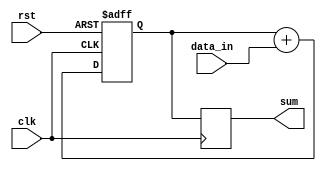
module cascaded_accumulator (
  input wire clk,
  input wire rst,
  input wire [7:0] data_in,
  output reg [15:0] sum
);

reg [15:0] temp_sum;

always @(posedge clk or posedge rst) begin
  if (rst) begin
    temp_sum <= 16'b0;
  end else begin
    temp_sum <= temp_sum + data_in;
  end
end

always @(posedge clk) begin
  sum <= temp_sum;
end

endmodule